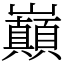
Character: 巔